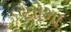
યોમા